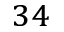
^ { 3 4 }